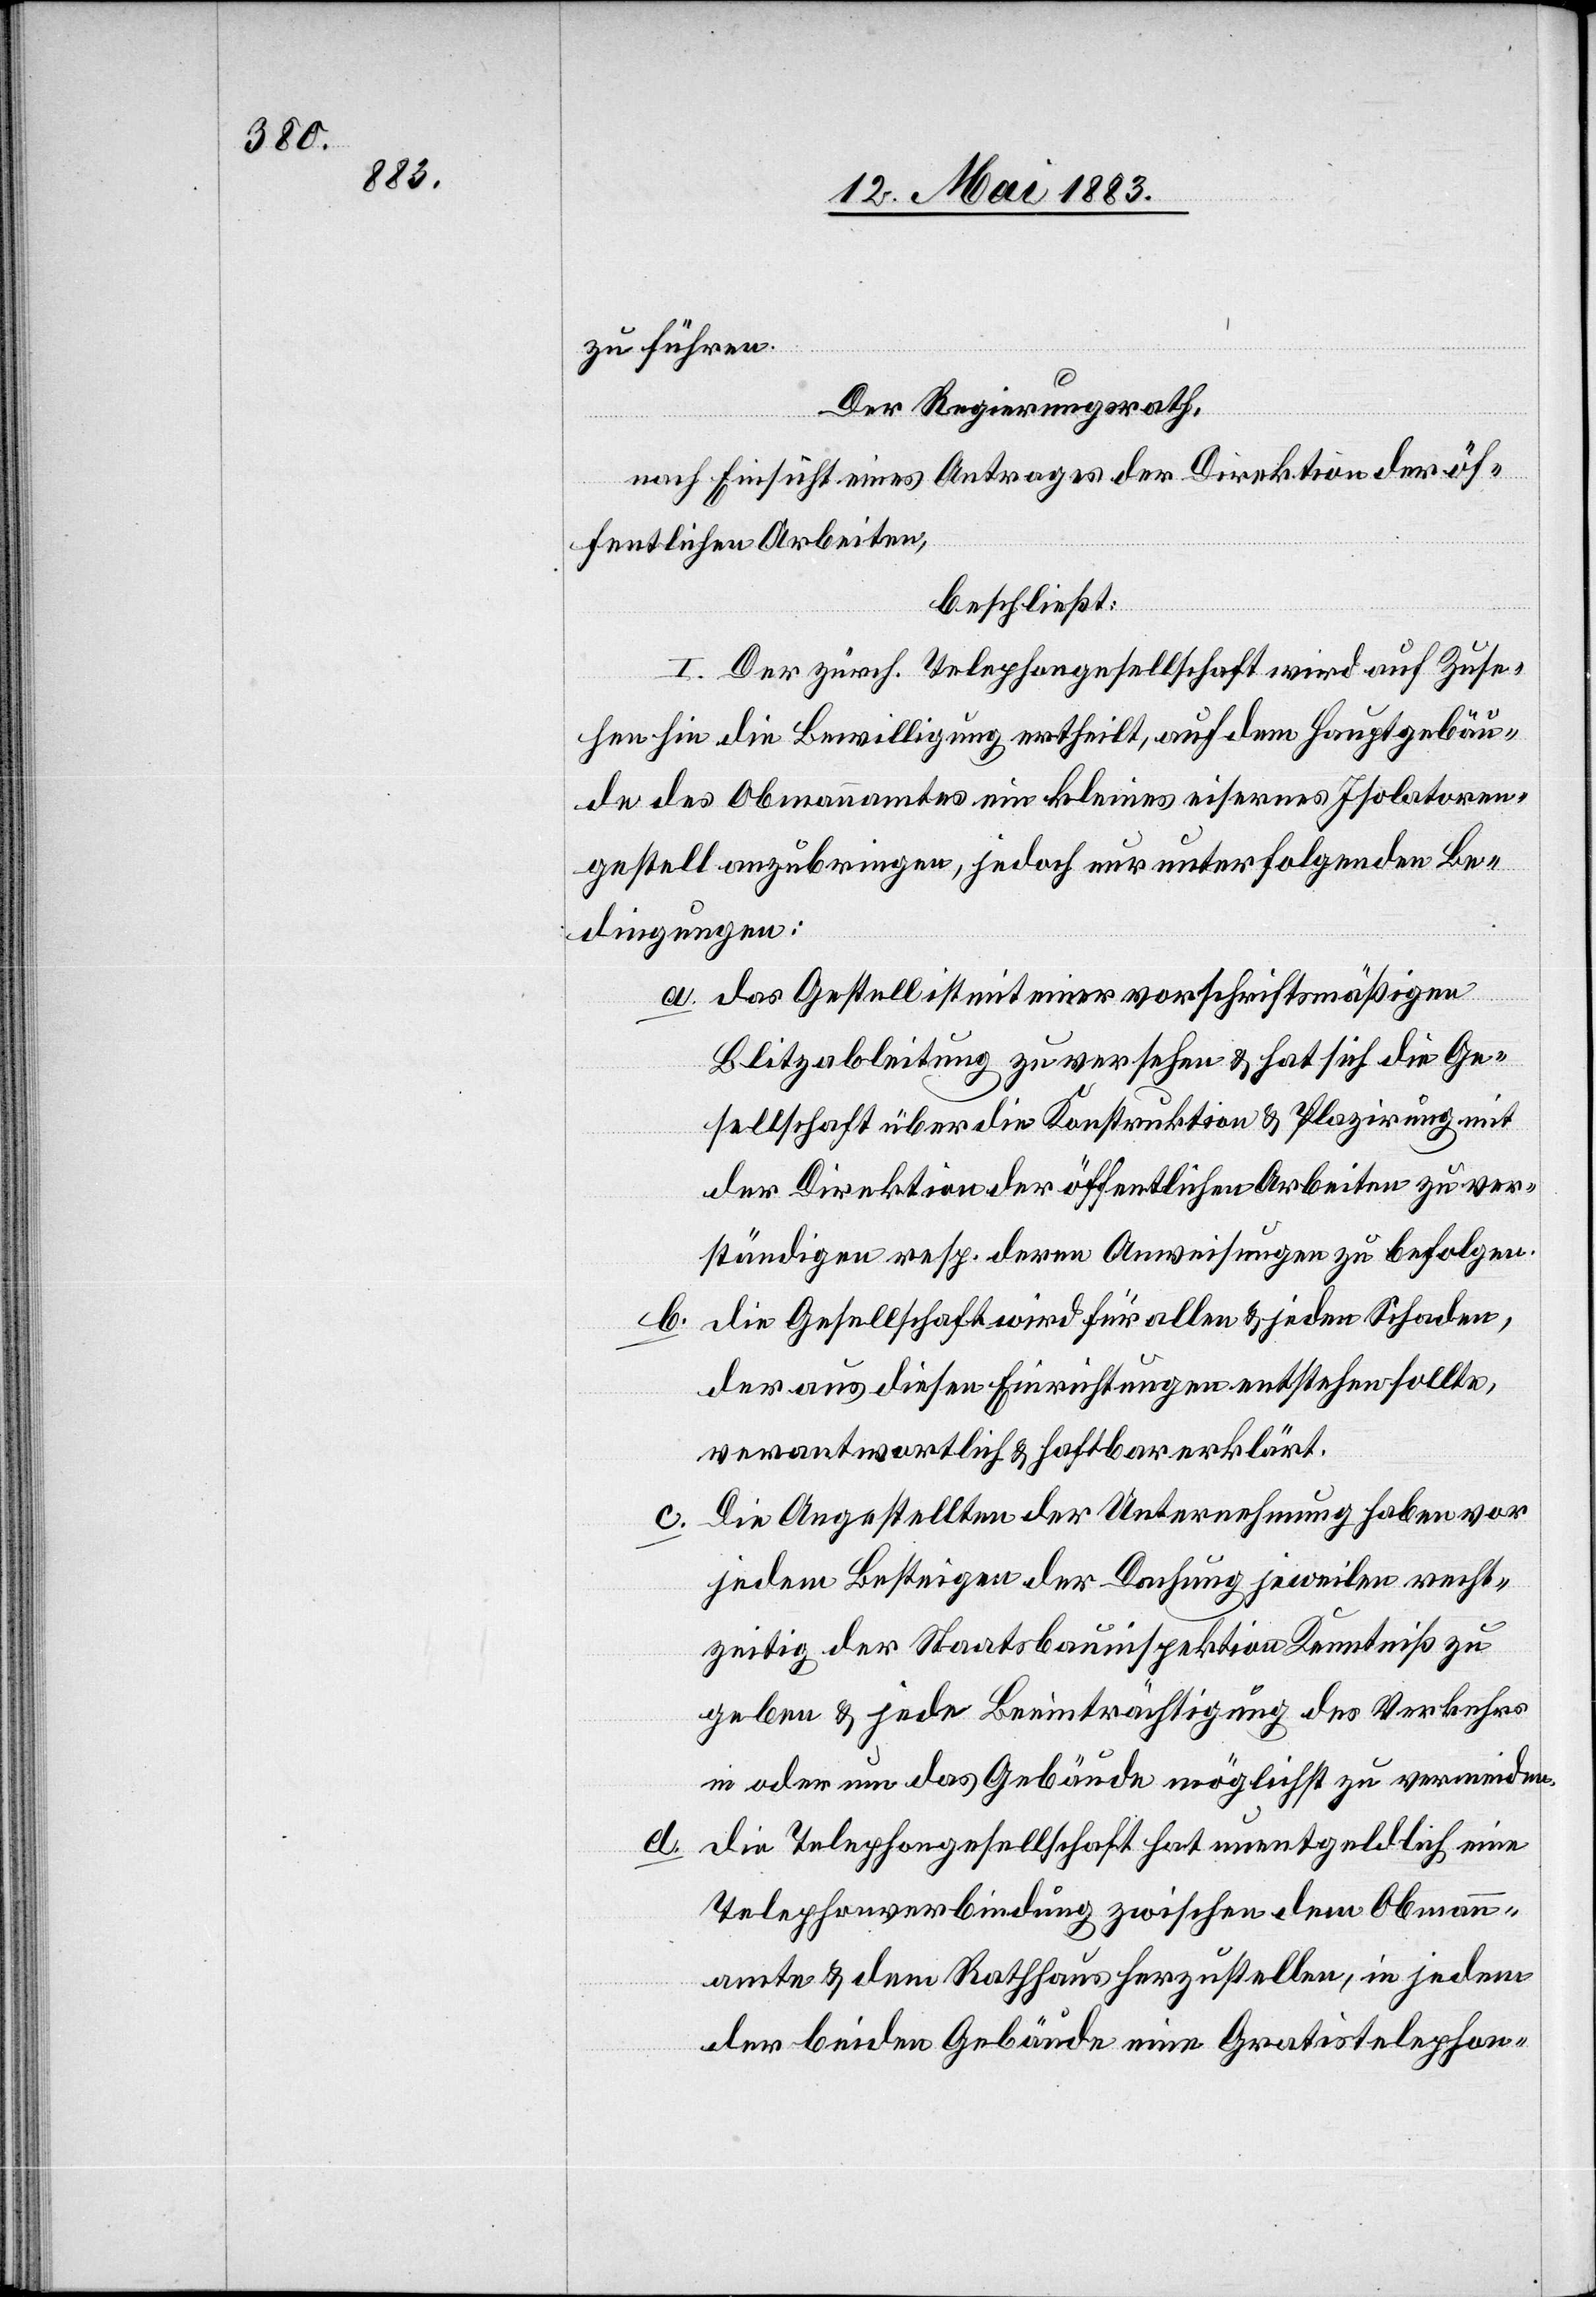
d.
zu führen.
Der Regierungsrath,
nach Einsicht eines Antrages der Direktion der öf¬
fentlichen Arbeiten,
beschließt:
I. Der zürch. Telephongesellschaft wird auf Zuse¬
hen hin die Bewilligung ertheilt, auf dem Hauptgebäu¬
de das Obmannamtes ein kleines eisernes Isolatoren¬
gestell anzubringen, jedoch nur unter folgenden Be¬
dingungen:
a. Das Gestell ist mit einer vorschriftsmäßigen
Blitzableitung zu versehen & hat sich die Ge¬
sellschaft über die Konstruktion & Plazirung mit
der Direktion der öffentlichen Arbeiten zu ver¬
ständigen resp. deren Anweisungen zu befolgen.
Die Gesellschaft wird für allen & jeden Schaden,
der aus diesen Einrichtungen entstehen sollte,
verantwortlich & haftbar erklärt.
Die Angestellten der Unternehmung haben vor
jedem Besteigen der Dachung jeweilen recht¬
zeitig der Staatsbauinspektion Kenntniß zu
geben & jede Beeinträchtigung des Verkehrs
in oder um das Gebäude möglichst zu vermindern.
die Telephongesellschaft hat unentgeldlich eine
Telephonverbindung zwischen dem Obmann¬
amte & dem Rathhaus herzustellen, in jedem
der beiden Gebäude eine Gratistelephon-